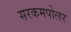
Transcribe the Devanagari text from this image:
सरकमपोलर